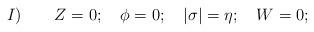
LaTeX: \begin{align*}I ) \qquad Z=0;\quad \phi=0 ;\quad \vert\sigma\vert=\eta ;\quad W=0;\end{align*}